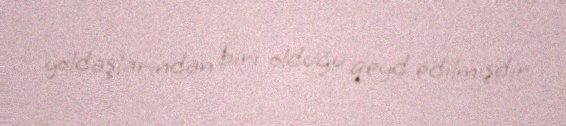
yoldaşlarından biri olduğu qeyd edilmişdir.